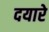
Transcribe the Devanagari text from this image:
दयारे